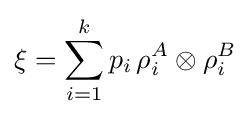
\xi =\sum _{i=1}^{k}p_{i}\,\rho _{i}^{A}\otimes \rho _{i}^{B}